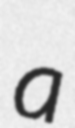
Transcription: a